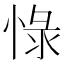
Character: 𱞩